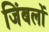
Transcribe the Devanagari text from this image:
जिंबलों